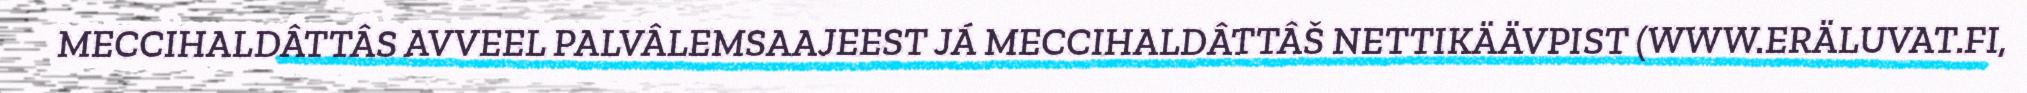
MECCIHALDÂTTÂS AVVEEL PALVÂLEMSAAJEEST JÁ MECCIHALDÂTTÂŠ NETTIKÄÄVPIST (WWW.ERÄLUVAT.FI,